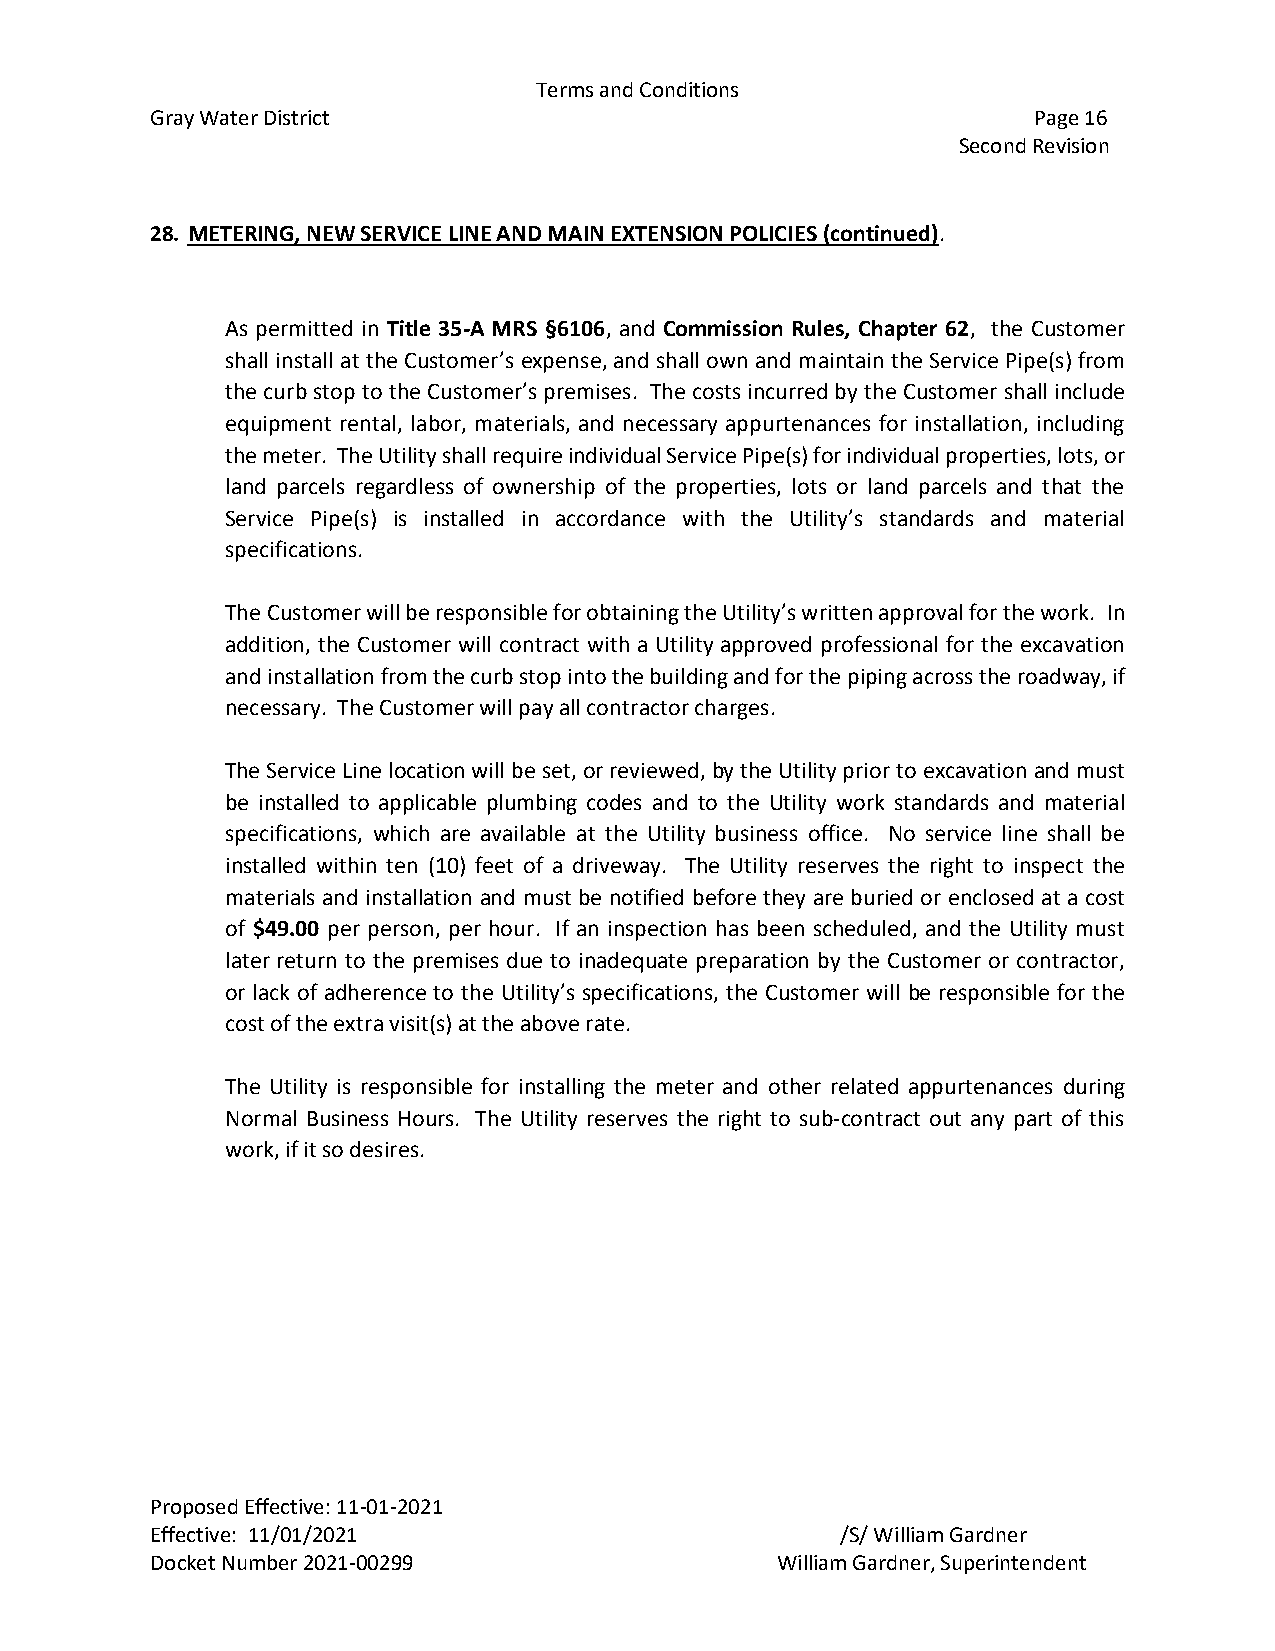
Terms and Conditions
 Gray Water District                                       Page 16
 Second Revision
 28. METERING, NEW SERVICE LINE AND MAIN EXTENSION POLICIES (continued).
 As permitted in Title 35-A MRS §6106, and Commission Rules, Chapter 62, the Customer
 shall install at the Customer’s expense, and shall own and maintain the Service Pipe(s) from
 the curb stop to the Customer’s premises. The costs incurred by the Customer shall include
 equipment rental, labor, materials, and necessary appurtenances for installation, including
 the meter. The Utility shall require individual Service Pipe(s) for individual properties, lots, or
 land parcels regardless of ownership of the properties, lots or land parcels and that the
 Service Pipe(s) is installed in accordance with the Utility’s standards and material
 specifications.
 The Customer will be responsible for obtaining the Utility’s written approval for the work. In
 addition, the Customer will contract with a Utility approved professional for the excavation
 and installation from the curb stop into the building and for the piping across the roadway, if
 necessary. The Customer will pay all contractor charges.
 The Service Line location will be set, or reviewed, by the Utility prior to excavation and must
 be installed to applicable plumbing codes and to the Utility work standards and material
 specifications, which are available at the Utility business office. No service line shall be
 installed within ten (10) feet of a driveway. The Utility reserves the right to inspect the
 materials and installation and must be notified before they are buried or enclosed at a cost
 of $49.00 per person, per hour. If an inspection has been scheduled, and the Utility must
 later return to the premises due to inadequate preparation by the Customer or contractor,
 or lack of adherence to the Utility’s specifications, the Customer will be responsible for the
 cost of the extra visit(s) at the above rate.
 The Utility is responsible for installing the meter and other related appurtenances during
 Normal Business Hours. The Utility reserves the right to sub-contract out any part of this
 work, if it so desires.
 Proposed Effective: 11-01-2021
 Effective: 11/01/2021                         /S/ William Gardner
 Docket Number 2021-00299                 William Gardner, Superintendent